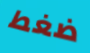
ضغط